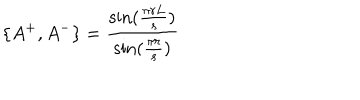
LaTeX: \{ A ^ { + } , A ^ { - } \} = \frac { \sin ( \frac { \pi r L } { s } ) } { \sin ( \frac { \pi r } { s } ) }